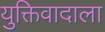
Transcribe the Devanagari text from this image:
युक्तिवादाला